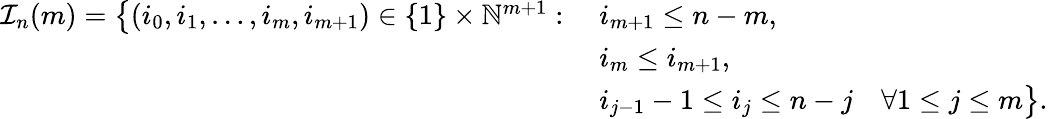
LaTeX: \begin{array}{rl}{\mathcal{I}_{n}(m)=\big\{ (i_{0},i_{1},\dots,i_{m},i_{m+1})\in\{ 1\} \times\mathbb{N}^{m+1}:\; }&{i_{m+1}\leq n-m,}\\ &{i_{m}\leq i_{m+1},}\\ &{i_{j-1}-1\leq i_{j}\leq n-j\quad\forall 1\leq j\leq m\big\} .}\end{array}